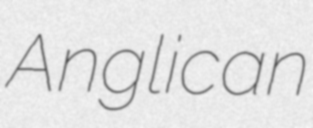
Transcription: Anglican